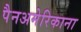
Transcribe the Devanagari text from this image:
पैनअमेरिकाना